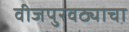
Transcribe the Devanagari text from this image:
वीजपुरवठ्याचा